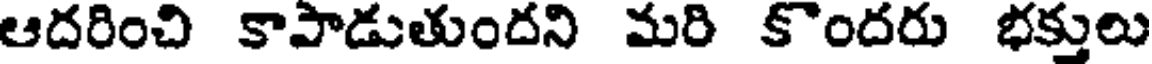
ఆదరించి కాపాడుతుందని మరి కొందరు భక్తులు